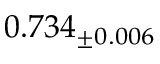
0 . 7 3 4 _ { \pm 0 . 0 0 6 }